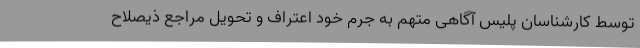
توسط کارشناسان پلیس آگاهی متهم به جرم خود اعتراف و تحویل مراجع ذیصلاح